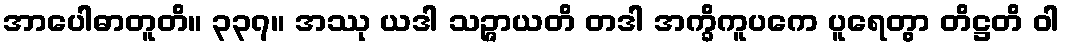
အာပေါဓာတူတိ။ ၃၃၇။ အဿု ယဒါ သဉ္ဇာယတိ တဒါ အက္ခိကူပကေ ပူရေတွာ တိဋ္ဌတိ ဝါ